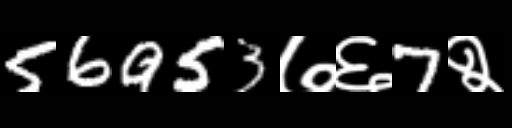
Text: 56953७६7२